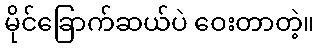
မိုင်ခြောက်ဆယ်ပဲ ဝေးတာတဲ့။